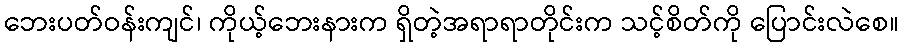
ဘေးပတ်ဝန်းကျင်၊ ကိုယ့်ဘေးနားက ရှိတဲ့အရာရာတိုင်းက သင့်စိတ်ကို ပြောင်းလဲစေ။